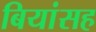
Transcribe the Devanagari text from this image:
बियांसह